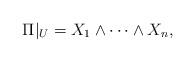
LaTeX: \begin{align*} \Pi|_U = X_1 \wedge \cdots \wedge X_n,\end{align*}